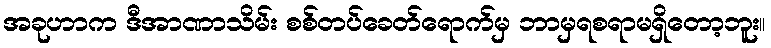
အခုဟာက ဒီအာဏာသိမ်း စစ်တပ်ခေတ်ရောက်မှ ဘာမှရစရာမရှိတော့ဘူး။